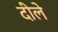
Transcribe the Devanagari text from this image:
दीले